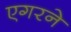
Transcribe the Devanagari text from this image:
एगरने